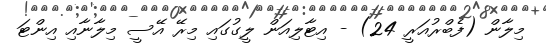
މިލާން (ފެބްރުއަރީ 24) - އިޓާލިއަން ލީގުގައި މިރޭ އޭސީ މިލާނާއި އިންޓަ